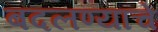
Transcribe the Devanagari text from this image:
बदलण्याचें